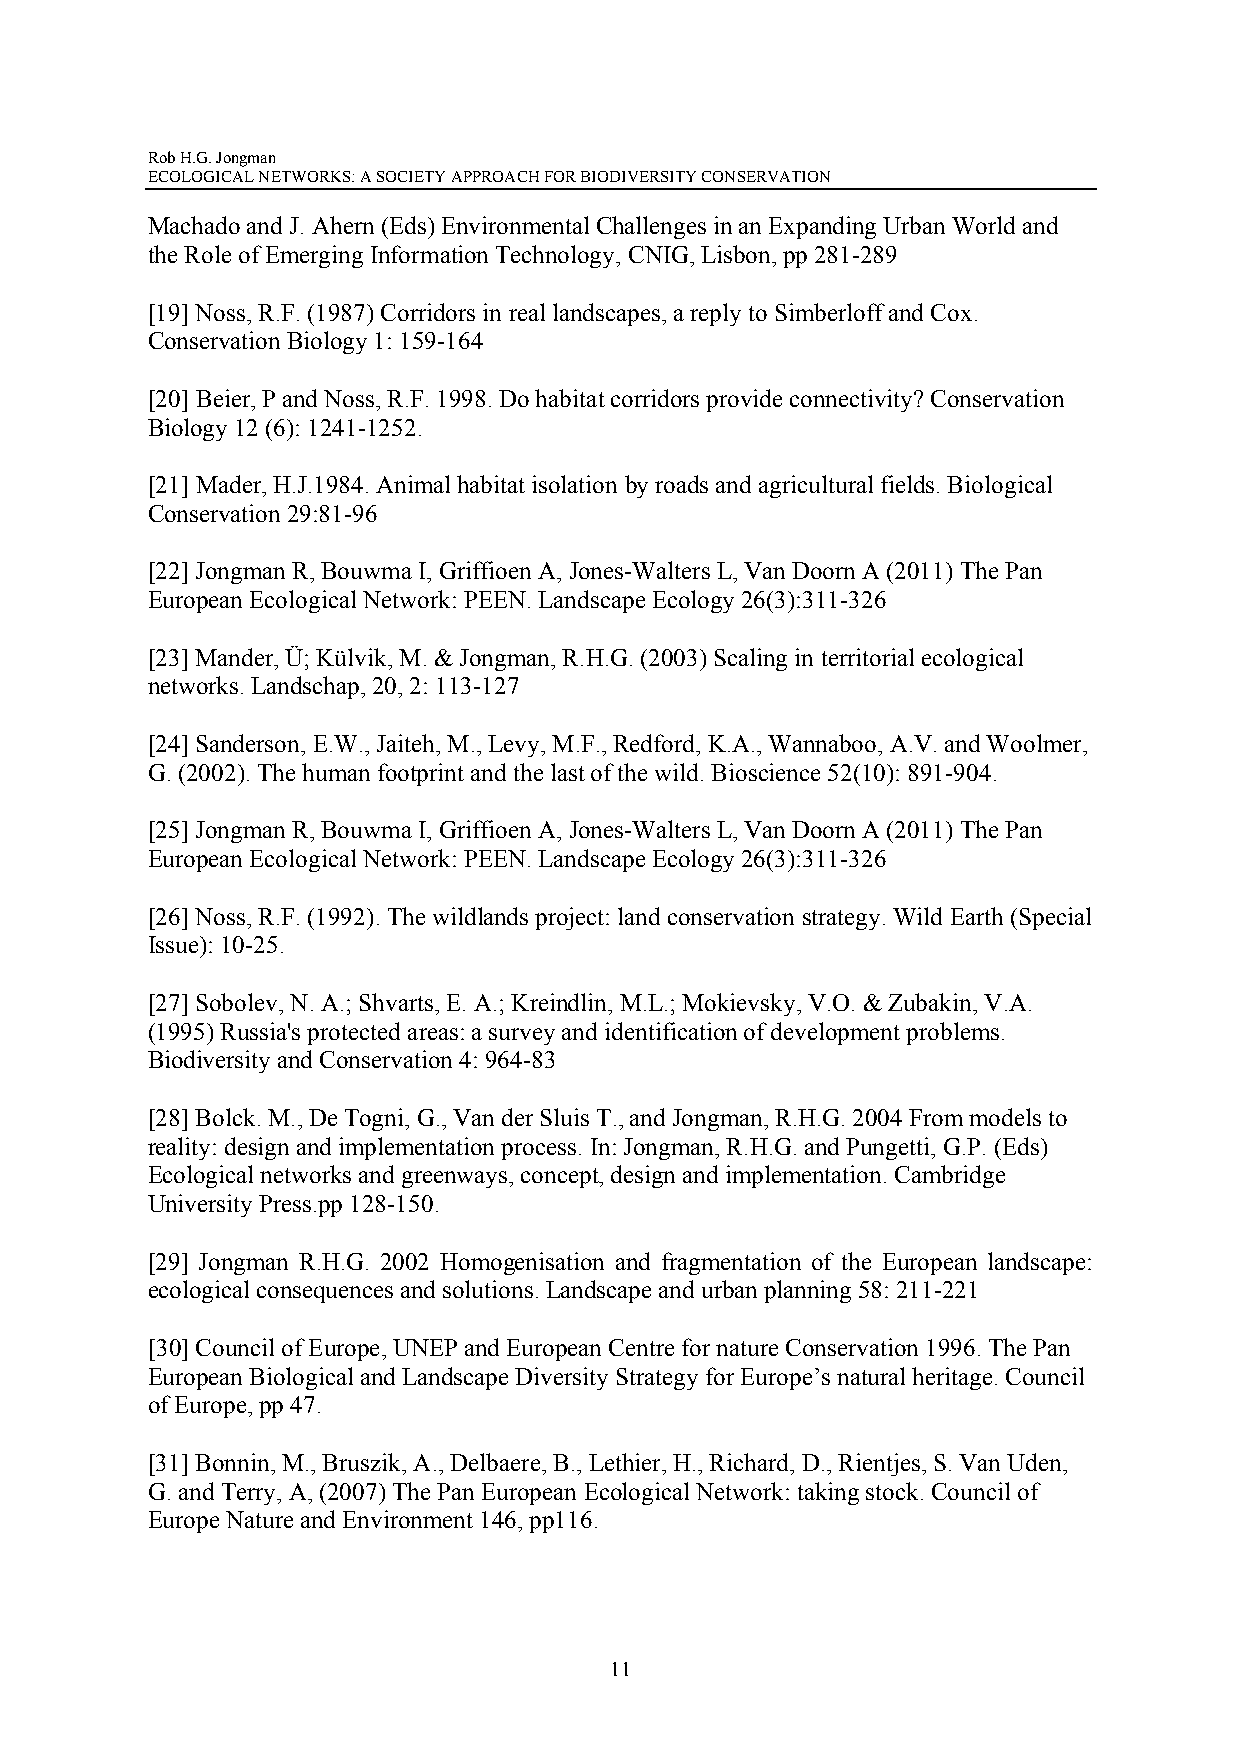
Rob H.G. Jongman
 ECOLOGICAL NETWORKS: A SOCIETY APPROACH FOR BIODIVERSITY CONSERVATION
 Machado and J. Ahern (Eds) Environmental Challenges in an Expanding Urban World and
 the Role of Emerging Information Technology, CNIG, Lisbon, pp 281-289
 [19] Noss, R.F. (1987) Corridors in real landscapes, a reply to Simberloff and Cox.
 Conservation Biology 1: 159-164
 [20] Beier, P and Noss, R.F. 1998. Do habitat corridors provide connectivity? Conservation
 Biology 12 (6): 1241-1252.
 [21] Mader, H.J.1984. Animal habitat isolation by roads and agricultural fields. Biological
 Conservation 29:81-96
 [22] Jongman R, Bouwma I, Griffioen A, Jones-Walters L, Van Doorn A (2011) The Pan
 European Ecological Network: PEEN. Landscape Ecology 26(3):311-326
 [23] Mander, Ü; Külvik, M. & Jongman, R.H.G. (2003) Scaling in territorial ecological
 networks. Landschap, 20, 2: 113-127
 [24] Sanderson, E.W., Jaiteh, M., Levy, M.F., Redford, K.A., Wannaboo, A.V. and Woolmer,
 G. (2002). The human footprint and the last of the wild. Bioscience 52(10): 891-904.
 [25] Jongman R, Bouwma I, Griffioen A, Jones-Walters L, Van Doorn A (2011) The Pan
 European Ecological Network: PEEN. Landscape Ecology 26(3):311-326
 [26] Noss, R.F. (1992). The wildlands project: land conservation strategy. Wild Earth (Special
 Issue): 10-25.
 [27] Sobolev, N. A.; Shvarts, E. A.; Kreindlin, M.L.; Mokievsky, V.O. & Zubakin, V.A.
 (1995) Russia's protected areas: a survey and identification of development problems.
 Biodiversity and Conservation 4: 964-83
 [28] Bolck. M., De Togni, G., Van der Sluis T., and Jongman, R.H.G. 2004 From models to
 reality: design and implementation process. In: Jongman, R.H.G. and Pungetti, G.P. (Eds)
 Ecological networks and greenways, concept, design and implementation. Cambridge
 University Press.pp 128-150.
 [29] Jongman R.H.G. 2002 Homogenisation and fragmentation of the European landscape:
 ecological consequences and solutions. Landscape and urban planning 58: 211-221
 [30] Council of Europe, UNEP and European Centre for nature Conservation 1996. The Pan
 European Biological and Landscape Diversity Strategy for Europe’s natural heritage. Council
 of Europe, pp 47.
 [31] Bonnin, M., Bruszik, A., Delbaere, B., Lethier, H., Richard, D., Rientjes, S. Van Uden,
 G. and Terry, A, (2007) The Pan European Ecological Network: taking stock. Council of
 Europe Nature and Environment 146, pp116.
 11